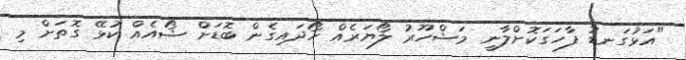
"އަޅުގަނޑު ފާހަގަކޮށްލާނީ މަޝްހޫރު ލޯޔަރެއް ހޯދައިގެން ބޮޑަށް ޝޯއެއް ކުޅޭ ގޮތަށް މި